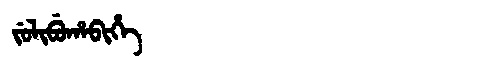
Manchu: ᠵᡠᠯᡳᠪᡠᡥᠠᠪᡳᡥᡝ
Romanization: JULIBUHABIHE